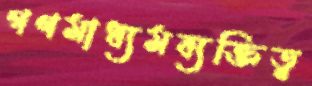
গণমাধ্যমব্যক্তিত্ব